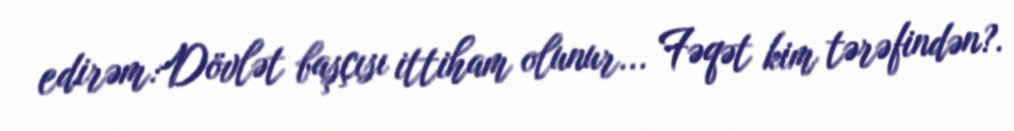
edirəm:Dövlət başçısı ittiham olunur... Fəqət kim tərəfindən?.